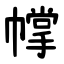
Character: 幥